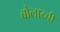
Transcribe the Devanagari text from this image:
बोलाय्ची